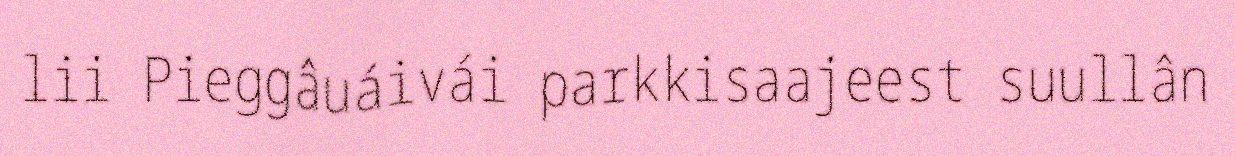
lii Pieggâuáivái parkkisaajeest suullân